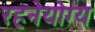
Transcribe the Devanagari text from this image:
रहनेयोग्य